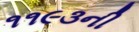
૧૧૯૩ની